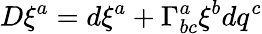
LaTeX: D\xi^{a}=d\xi^{a}+\Gamma_{bc}^{a}\xi^{b}dq^{c}